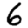
Digit: 6